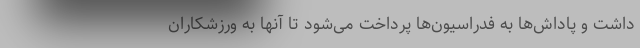
داشت و پاداش‌ها به فدراسیون‌ها پرداخت می‌شود تا آنها به ورزشکاران